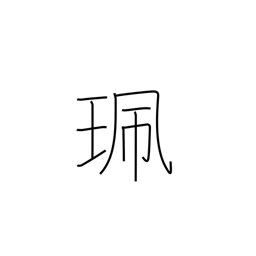
Meaning: bauble